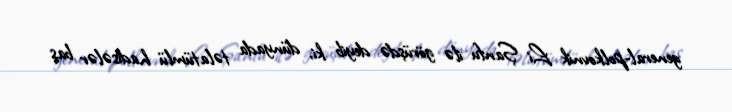
general-polkovnik Li Şanfu ilə görüşdə deyib ki, dünyada təlatümlü hadisələr baş